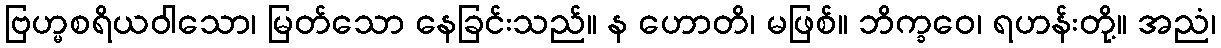
ဗြဟ္မစရိယဝါသော၊ မြတ်သော နေခြင်းသည်။ န ဟောတိ၊ မဖြစ်။ ဘိက္ခဝေ၊ ရဟန်းတို့။ အညံ၊